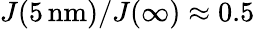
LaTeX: J(5\, \mathrm{nm})/J(\infty)\approx 0.5